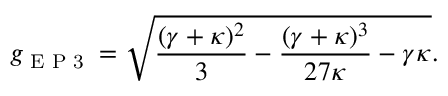
g _ { \textrm { E P 3 } } = \sqrt { \frac { ( \gamma + \kappa ) ^ { 2 } } { 3 } - \frac { ( \gamma + \kappa ) ^ { 3 } } { 2 7 \kappa } - \gamma \kappa } .